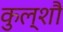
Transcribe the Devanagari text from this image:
कुल्शौ